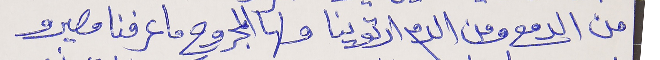
من الدمع ومن الدم ارتوينا ولها المجروح ما عرفنا مصيرو